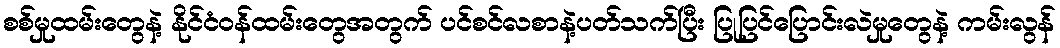
စစ်မှုထမ်းတွေနဲ့ နိုင်ငံဝန်ထမ်းတွေအတွက် ပင်စင်လစာနဲ့ပတ်သက်ပြီး ပြုပြင်ပြောင်းလဲမှုတွေနဲ့ ကမ်းလွန်